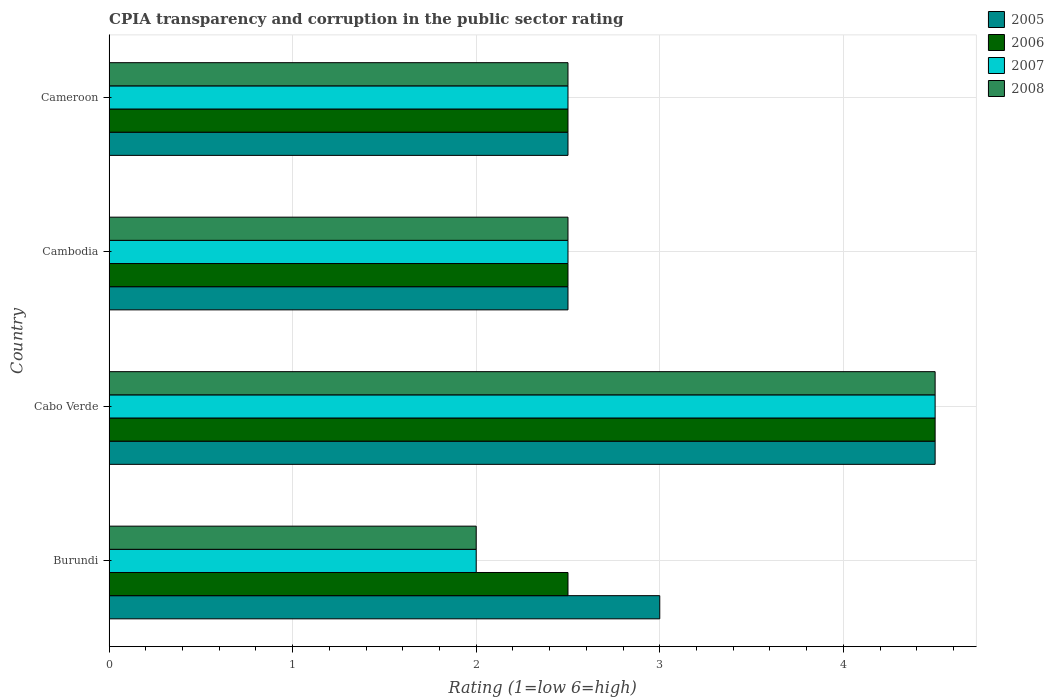
| Country | 2005 | 2006 | 2007 | 2008 |
 | --- | --- | --- | --- | --- |
 | Burundi | 3 | 2.5 | 2 | 2 |
 | Cabo Verde | 4.5 | 4.5 | 4.5 | 4.5 |
 | Cambodia | 2.5 | 2.5 | 2.5 | 2.5 |
 | Cameroon | 2.5 | 2.5 | 2.5 | 2.5 |